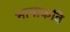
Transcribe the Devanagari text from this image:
भाषाकवि